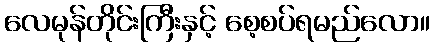
လေမုန်တိုင်းကြီးနှင့် စေ့စပ်ရမည်လော။